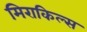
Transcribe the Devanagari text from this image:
मिराकिल्स